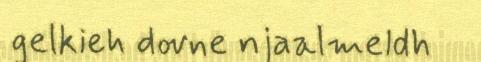
gelkieh dovne njaalmeldh